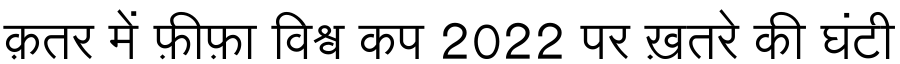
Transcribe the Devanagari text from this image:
क़तर में फ़ीफ़ा विश्व कप 2022 पर ख़तरे की घंटी